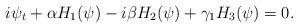
LaTeX: \begin{align*}i\psi_t+\alpha H_1(\psi)-i\beta H_2(\psi)+\gamma_1 H_3(\psi)=0. \end{align*}